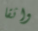
واثقا